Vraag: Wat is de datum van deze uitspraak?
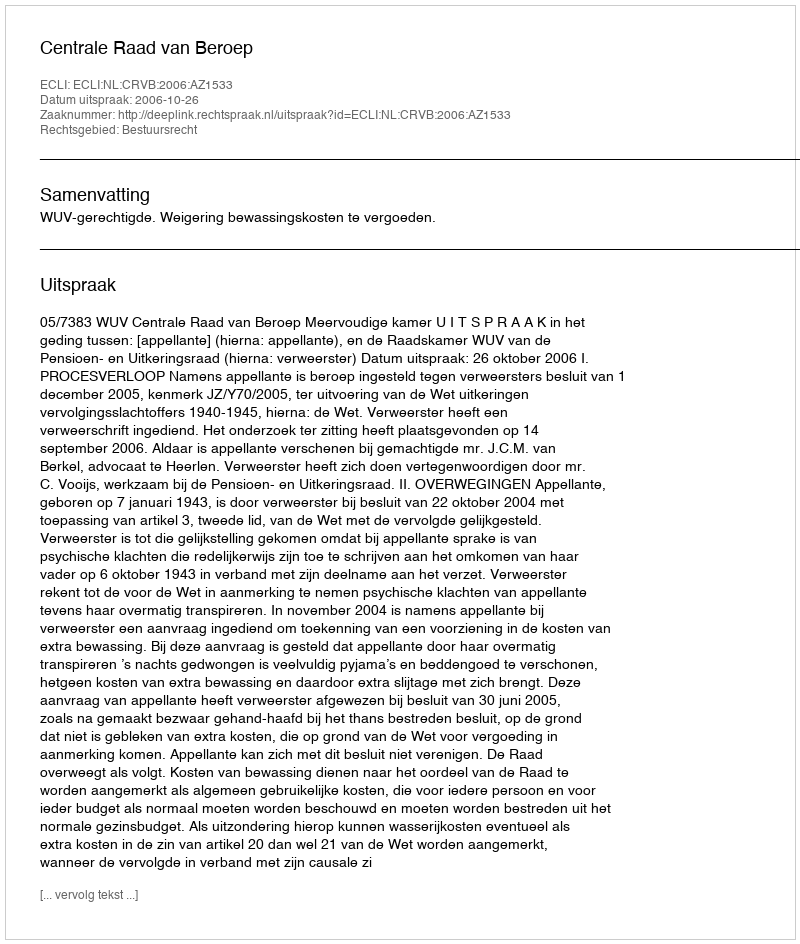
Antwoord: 2006-10-26